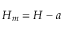
H _ { m } = H - a